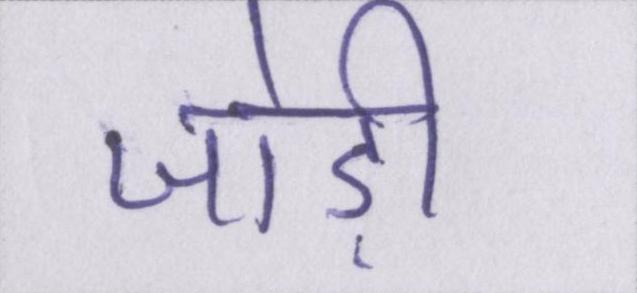
जोड़ी